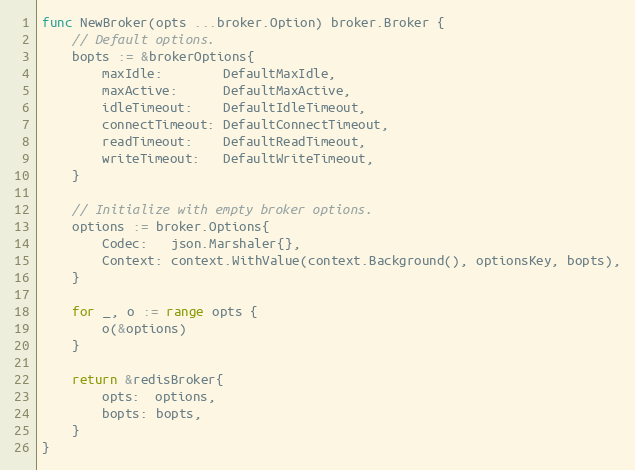
Language: Go
func NewBroker(opts ...broker.Option) broker.Broker {
	// Default options.
	bopts := &brokerOptions{
		maxIdle:        DefaultMaxIdle,
		maxActive:      DefaultMaxActive,
		idleTimeout:    DefaultIdleTimeout,
		connectTimeout: DefaultConnectTimeout,
		readTimeout:    DefaultReadTimeout,
		writeTimeout:   DefaultWriteTimeout,
	}

	// Initialize with empty broker options.
	options := broker.Options{
		Codec:   json.Marshaler{},
		Context: context.WithValue(context.Background(), optionsKey, bopts),
	}

	for _, o := range opts {
		o(&options)
	}

	return &redisBroker{
		opts:  options,
		bopts: bopts,
	}
}